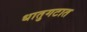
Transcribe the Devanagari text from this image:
धातुगटात